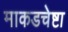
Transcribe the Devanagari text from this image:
माकडचेष्टा